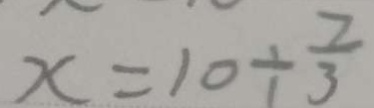
x = 1 0 \div \frac { 7 } { 3 }